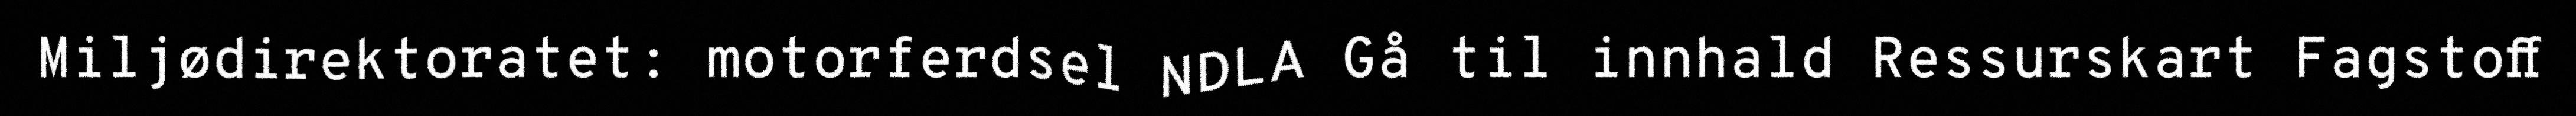
Miljødirektoratet: motorferdsel NDLA Gå til innhald Ressurskart Fagstoff